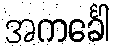
အကင်္ခေါ